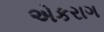
એકરાગ